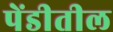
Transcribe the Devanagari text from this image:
पेंडीतील